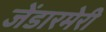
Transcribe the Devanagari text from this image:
जेंडारमेरी